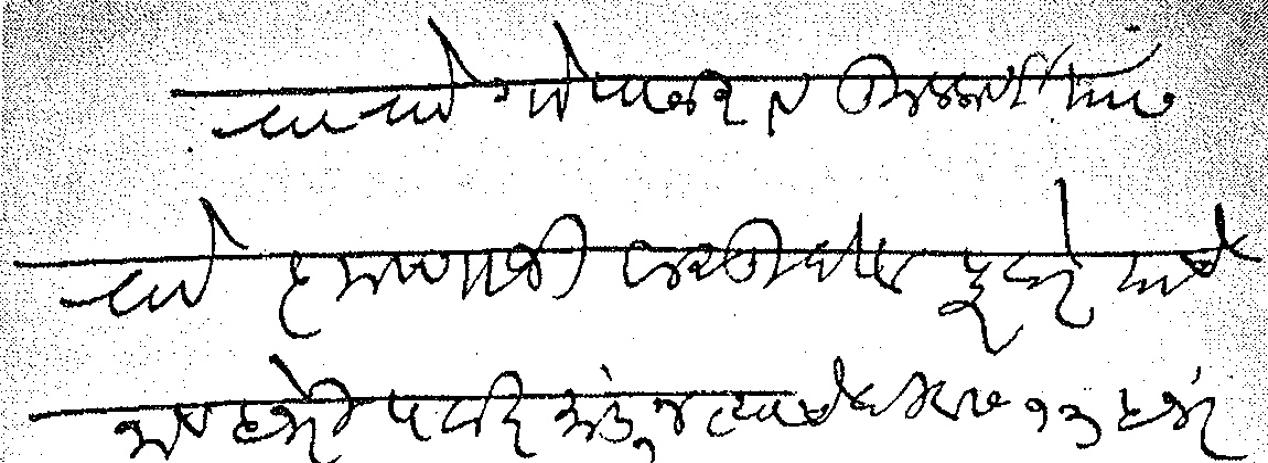
Transliteration (Devanagari): रा रा गोपाळराव कुलकर्णी यांस रा कृष्णाजी वासुदेव पुरंदरे याचे नाव हजेरीपटात मांडून त्याचे दिवस १३ हजर